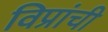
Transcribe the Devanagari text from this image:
विप्रांची